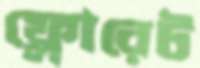
ফ্লোরেট